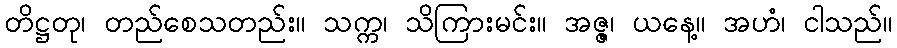
တိဋ္ဌတု၊ တည်စေသတည်း။ သက္က၊ သိကြားမင်း။ အဇ္ဇ၊ ယနေ့။ အဟံ၊ ငါသည်။